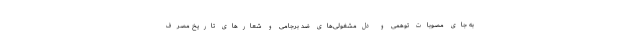
به جای مصوبات توهّمی و دل‌مشغولی‌های ضد برجامی و شعارهای تاریخ مصرف